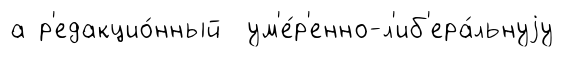
а р'едакцио́нный ум'е́р'енно-л'иб'ера́льнуjу